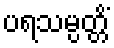
ပရသမ္ပတ္တိံ